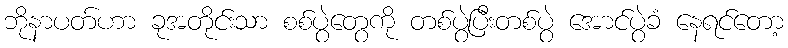
ဘိုနာပတ်ဟာ ခုအတိုင်းသာ စစ်ပွဲတွေကို တစ်ပွဲပြီးတစ်ပွဲ အောင်ပွဲခံ နေရင်တော့